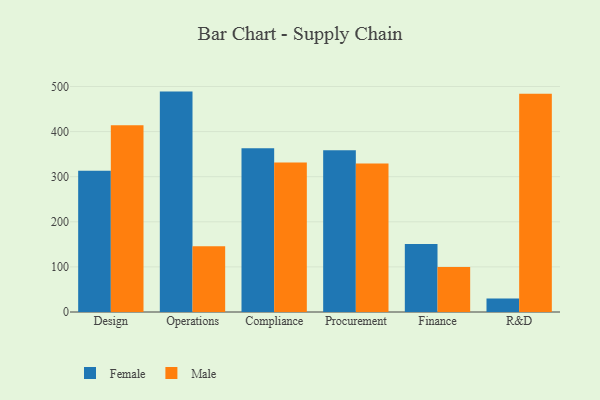
{"axis": {"x": "Department", "y": "Inventory Turnover"}, "legend": ["Female", "Male"], "data": [{"x": "Design", "y": 313.3, "type": "Female"}, {"x": "Design", "y": 414.2, "type": "Male"}, {"x": "Operations", "y": 488.7, "type": "Female"}, {"x": "Operations", "y": 145.6, "type": "Male"}, {"x": "Compliance", "y": 363.0, "type": "Female"}, {"x": "Compliance", "y": 331.3, "type": "Male"}, {"x": "Procurement", "y": 358.6, "type": "Female"}, {"x": "Procurement", "y": 329.4, "type": "Male"}, {"x": "Finance", "y": 150.9, "type": "Female"}, {"x": "Finance", "y": 99.8, "type": "Male"}, {"x": "R&D", "y": 30.1, "type": "Female"}, {"x": "R&D", "y": 484.1, "type": "Male"}]}